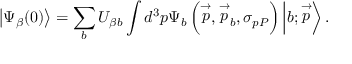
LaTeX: \left| \Psi _ { \beta } ( 0 ) \right\rangle = \sum _ { b } U _ { \beta b } \int d ^ { 3 } p \Psi _ { b } \left( \stackrel { \rightarrow } { p } , \stackrel { \rightarrow } { p } _ { b } , \sigma _ { p P } \right) \left| b ; \stackrel { \rightarrow } { p } \right\rangle .